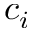
c _ { i }